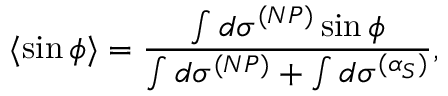
\langle \sin \phi \rangle = \frac { \int d \sigma ^ { ( N P ) } \sin \phi } { \int d \sigma ^ { ( N P ) } + \int d \sigma ^ { ( \alpha _ { S } ) } } ,